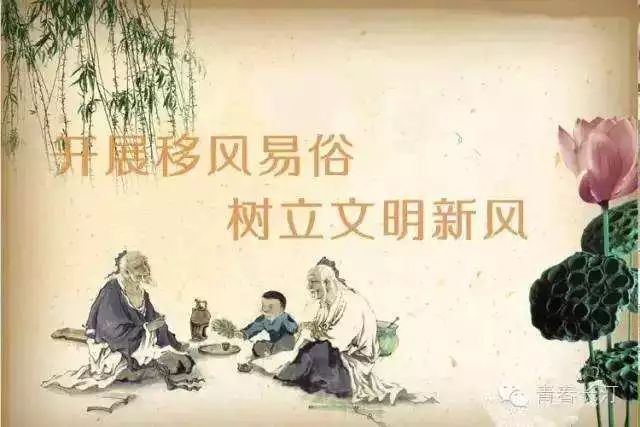
乐者，圣王之所乐也，而可以善民心，其感人深，其移风易俗。故先王导之以礼乐，而民和睦。